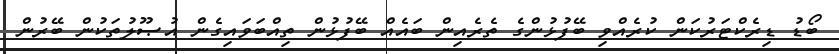
ބޯޑު ޑިރެކްޓަރުކަން ކުރެއްވި ބޭފުޅުންގެ ތެރެއިން ބައެއް ބޭފުޅުން ތިއްބަވައިގެން އުޞޫލުތަކުން ބޭރުން